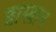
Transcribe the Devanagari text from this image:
शास्त्राथ